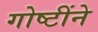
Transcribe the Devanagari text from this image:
गोष्टींने